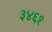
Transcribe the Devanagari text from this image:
३४६१